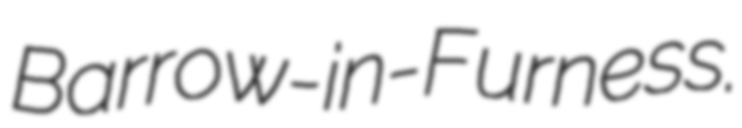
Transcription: Barrow-in-Furness.